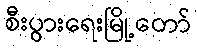
စီးပွားရေးမြို့တော်